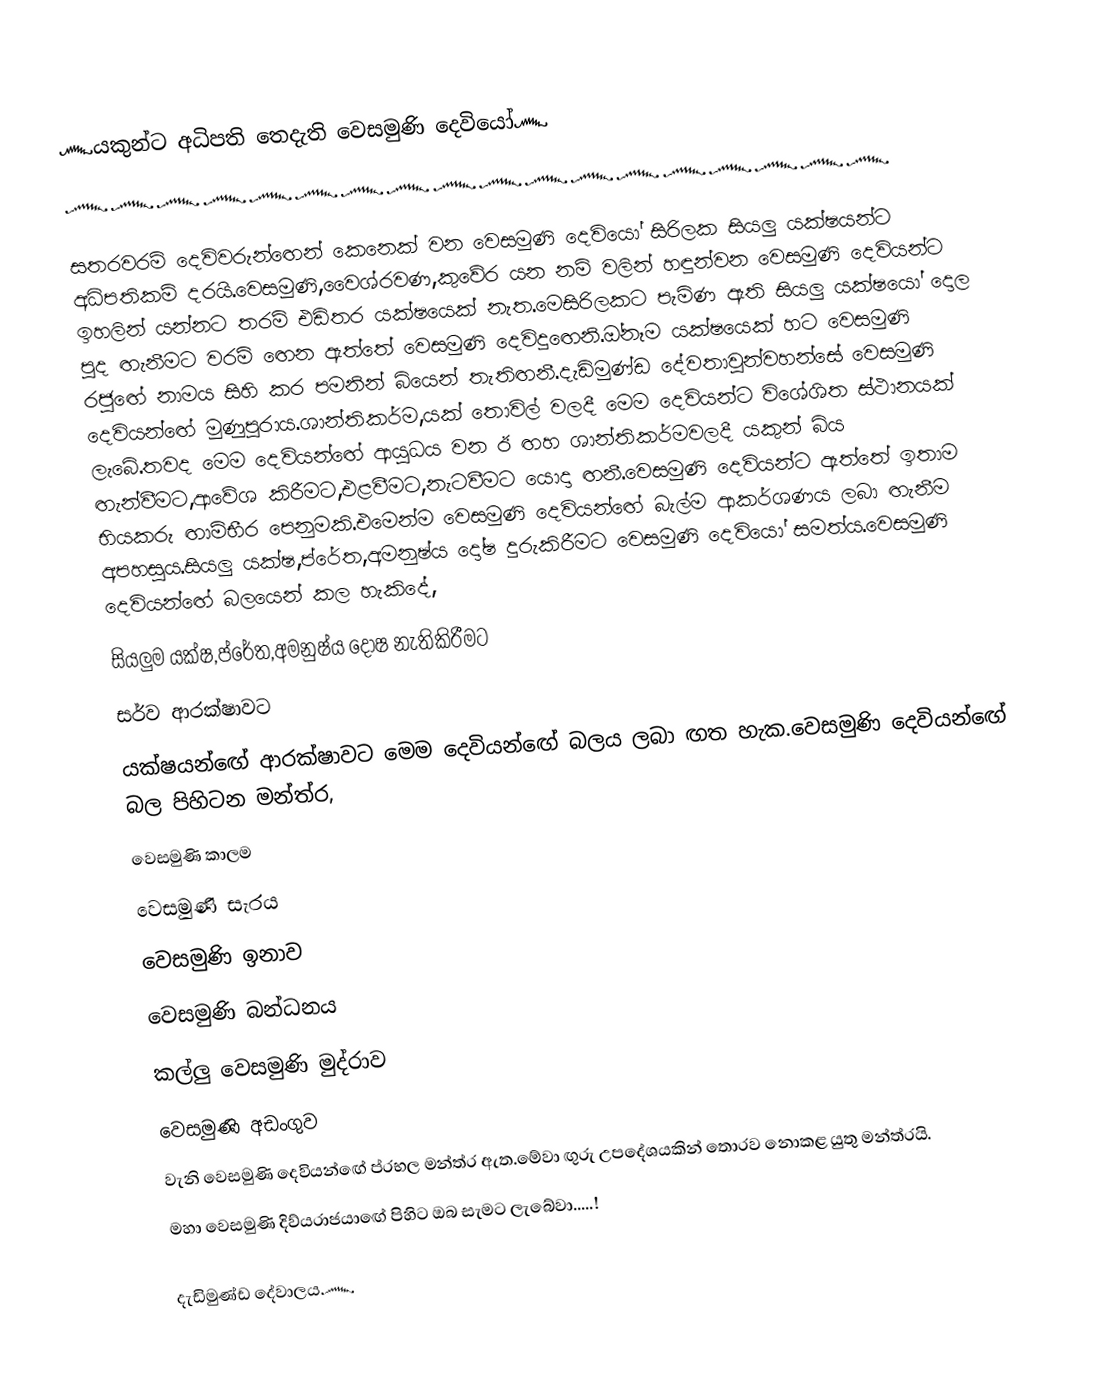
෴යකුන්ට අධිපති තෙදැති වෙසමුණි දෙවියෝ෴
෴෴෴෴෴෴෴෴෴෴෴෴෴෴෴෴෴෴

  සතරවරම් දෙවිවරුන්ඟෙන් කෙනෙක් වන වෙසමුණි දෙවියෝ සිරිලක සියලු යක්ෂයන්ට අධිපතිකම් දරයි.වෙසමුණි,වෛශ්රවණ,කුවේර යන නම් වලින් හඳුන්වන වෙසමුණි දෙවියන්ට ඉහලින් යන්නට තරම් එඩිතර යක්ෂයෙක් නැත.මෙසිරිලකට පැමිණ ඇති සියලු යක්ෂයෝ දොල පුද ඟැනීමට වරම් ඟෙන ඇත්තේ වෙසමුණි දෙවිදුඟෙනි.ඔ්නෑම යක්ෂයෙක් හට වෙසමුණි රජුඟේ නාමය සිහි කර පමනින් බියෙන් තැතිඟනී.දැඩිමුණ්ඩ දේවතාවුන්වහන්සේ වෙසමුණි දෙවියන්ඟේ මුණුපුරාය.ශාන්තිකර්ම,යක් තොවිල් වලදී මෙම දෙවියන්ට විශේශිත ස්ථානයක් ලැබේ.තවද මෙම දෙවියන්ඟේ ආයුධය වන ඊ ඟහ ශාන්තිකර්මවලදී යකුන් බිය ඟැන්වීමට,ආවේශ කිරීමට,එළවීමට,නැටවීමට යොදා ඟනී.වෙසමුණි දෙවියන්ට ඇත්තේ ඉතාම භියකරු ඟාම්භීර පෙනුමකි.එමෙන්ම වෙසමුණි දෙවියන්ඟේ බැල්ම ආකර්ශණය ලබා ඟැනීම අපහසුය.සියලු යක්ෂ,ප්රේත,අමනුෂ්ය දෝෂ දුරුකිරීමට වෙසමුණි දෙවියෝ සමත්ය.වෙසමුණි දෙවියන්ඟේ බලයෙන් කල හැකිදේ,
සියලුම යක්ෂ,ප්රේත,අමනුෂ්ය දෝෂ නැතිකිරීමට
සර්ව ආරක්ෂාවට
යක්ෂයන්ඟේ ආරක්ෂාවට මෙම දෙවියන්ඟේ බලය ලබා ඟත හැක.වෙසමුණි දෙවියන්ඟේ බල පිහිටන මන්ත්ර,
වෙසමුණි කාලම
වෙසමුණි සැරය
වෙසමුණි ඉනාව
වෙසමුණි බන්ධනය
කල්ලු වෙසමුණි මුද්රාව
වෙසමුණි අඩංගුව
 වැනි වෙසමුණි දෙවියන්ඟේ ප්රභල මන්ත්ර ඇත.මේවා ඟුරු උපදේශයකින් තොරව නොකළ යුතු මන්ත්රයි.
මහා වෙසමුණි දිව්යරාජයාඟේ පිහිට ඔබ සැමට ලැබේවා.....!

දැඩිමුණ්ඩ දේවාලය෴